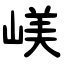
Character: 嵄